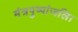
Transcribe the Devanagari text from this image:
मंत्रपुष्पांजलि।